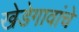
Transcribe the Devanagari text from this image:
खेडेगावांचे